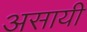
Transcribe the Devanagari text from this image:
असायी